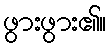
ဖွားဖွား၏။